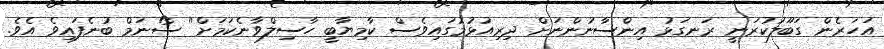
އަހަރެން ގަބޫލުކުރަނީ ރަނގަޅު އިންސާނުންނަށް ދިރިއުޅުމުގަައިވެސް ކާމިޔާބީ ހާސިލްވާނެކަމަށް'' ސޯނަމް ބުނެފައިވެ އެވެ.